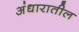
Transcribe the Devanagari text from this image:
अंधारातील